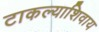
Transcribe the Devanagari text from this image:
टाकल्याशिवाय